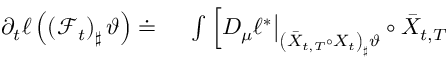
\begin{array} { r l } { \partial _ { t } \ell \left( \left( \mathcal F _ { t } \right) _ { \sharp } \vartheta \right) \doteq } & { { } \ \int \Big [ D _ { \mu } \ell ^ { * } \big | _ { \left( \bar { X } _ { t , T } \circ X _ { t } \right) _ { \sharp } \vartheta } \circ \bar { X } _ { t , T } } \end{array}